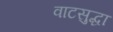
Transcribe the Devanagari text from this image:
वाटसुद्धा